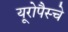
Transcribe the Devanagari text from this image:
यूरोपैस्चे